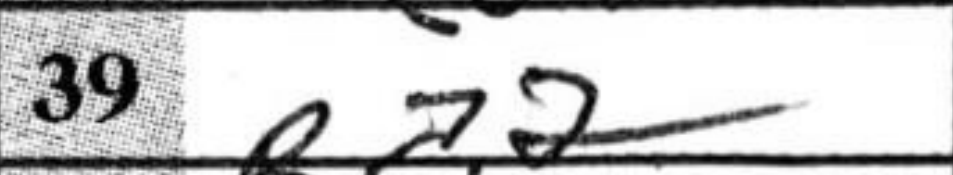
Transcription: Ba2